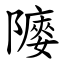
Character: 䧪